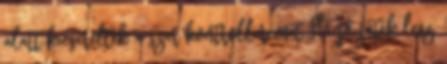
alatt kicserélték a szar kontrolleremet Ha jó játék lesz,